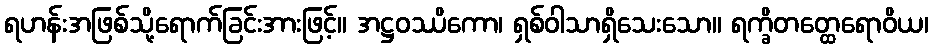
ရဟန်းအဖြစ်သို့ရောက်ခြင်းအားဖြင့်။ အဋ္ဌဝဿိကော၊ ရှစ်ဝါသာရှိသေးသော။ ရက္ခိတတ္ထေရောဝိယ၊